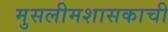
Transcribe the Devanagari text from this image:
मुसलीमशासकाची